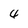
Character: 4